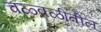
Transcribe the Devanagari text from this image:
चळ्वळीतील